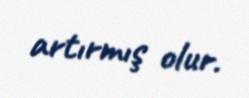
artırmış olur.